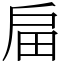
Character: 㧂